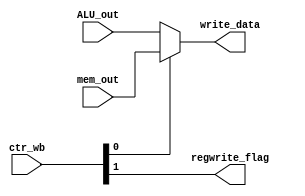
/* (c) Krishna Subramanian <https://github.com/mongrelgem>
 * (c) cMIPS - a Complete 32bit 5-stage Pipelined MIPS Processor <https://github.com/mongrelgem/cMIPS>
 * Report Bugs and Issues : <https://github.com/mongrelgem/cMIPS/issues>
*/
`timescale 1ns / 1ps
// Company: 
// Engineer: 
// 
// Design Name: 
// Module Name: writeback
// Project Name: 
// Target Devices: 
// Tool Versions: 
// Description: 
// 
// Dependencies: 
// 
// Revision:
// Revision 0.01 - File Created
// Additional Comments:
// 
//////////////////////////////////////////////////////////////////////////////////
module writeback(
input wire [1:0]        ctr_wb,
input wire [31:0]       mem_out,
input wire [31:0]       ALU_out,
output wire [31:0]      write_data,
output wire             regwrite_flag
    );
    
    wire memtoReg_flag;
    assign memtoReg_flag = ctr_wb[0];
    assign regwrite_flag = ctr_wb[1];
    
    assign write_data = (memtoReg_flag) ? mem_out : ALU_out;
  
endmodule